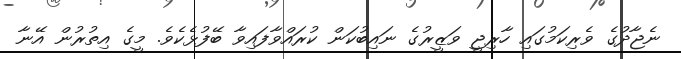
ނެޖާދުގެ ވެރިކަމުގައި ހާރިޖީ ވަޒީރުގެ ނައިބުކަން ކުރައްވާފައިވާ ބޭފުޅެކެވެ. މީގެ އިތުރުން އޭނާ